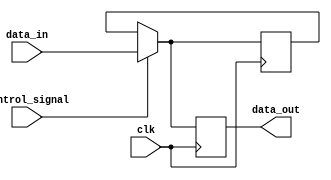
module Disable (
    input wire control_signal,  // Control signal to enable/disable the block
    input wire clk,             // Clock signal for synchronous operations
    input wire [N-1:0] data_in, // Input data (N-bit wide)
    output reg [N-1:0] data_out // Output data (N-bit wide)
);
    parameter N = 8; // Parameter to define the width of the data

    // Internal state to hold the last valid output
    reg [N-1:0] last_valid_state;

    always @(posedge clk) begin
        if (control_signal) begin
            // If enabled, update the output with the input data
            data_out <= data_in;
            last_valid_state <= data_in; // Update last valid state
        end else begin
            // If disabled, hold the last valid state or drive to a predefined state
            data_out <= last_valid_state; // Hold last valid state
            // Alternatively, you could drive to a predefined state, e.g., 0
            // data_out <= {N{1'b0}}; // Uncomment to drive to logic low
        end
    end

endmodule